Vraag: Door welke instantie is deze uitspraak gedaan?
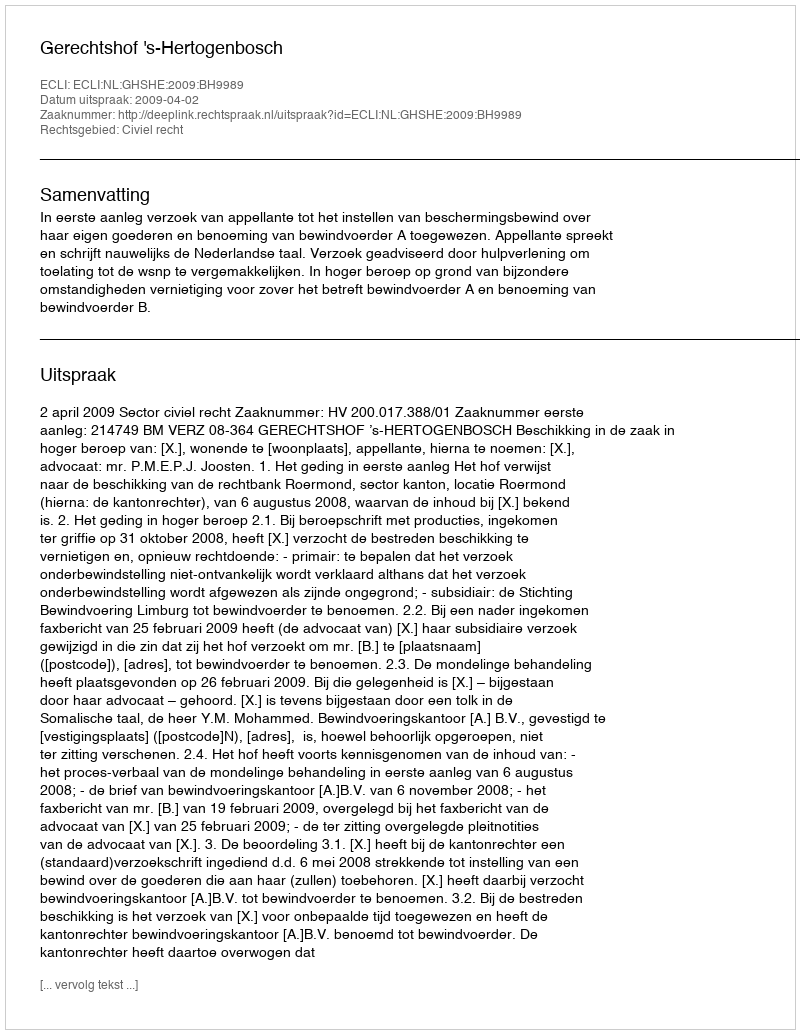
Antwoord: Gerechtshof 's-Hertogenbosch